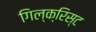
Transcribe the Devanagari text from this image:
गिल्क्रिस्ट